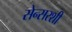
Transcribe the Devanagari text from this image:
सेन्सरशी